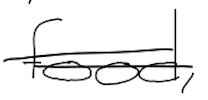
Text: food,
Cross-out: double-line
Writing tool: digital_black